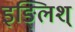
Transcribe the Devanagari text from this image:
इङ्लिश्